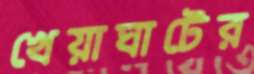
খেয়াঘাটের